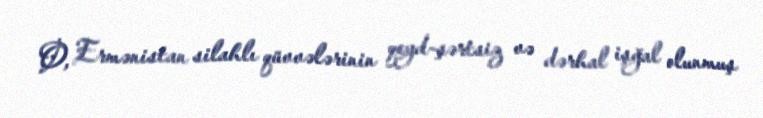
O, Ermənistan silahlı qüvvələrinin qeyd-şərtsiz və dərhal işğal olunmuş